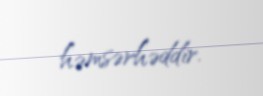
həmsərhəddir.